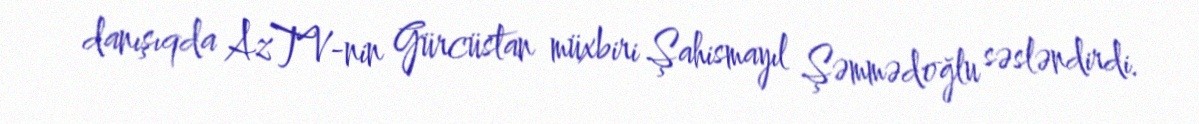
danışıqda AzTV-nin Gürcüstan müxbiri Şahismayıl Şəmmədoğlu səsləndirdi.